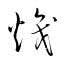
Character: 熾